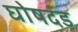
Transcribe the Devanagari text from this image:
घोषदंड